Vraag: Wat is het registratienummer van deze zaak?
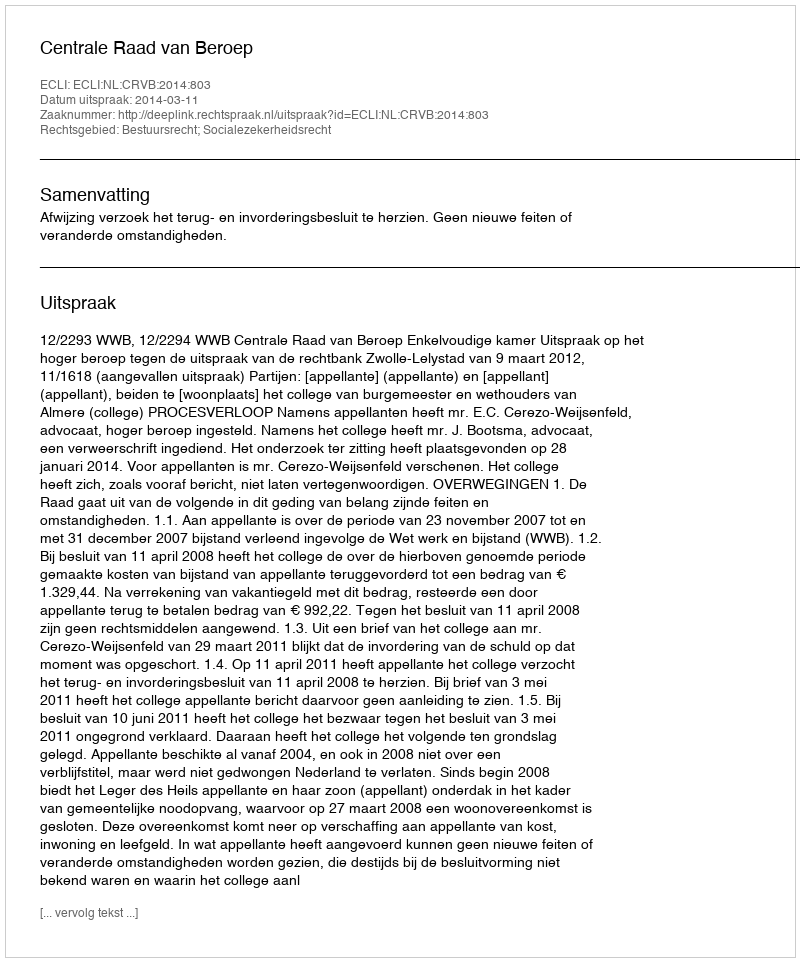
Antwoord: http://deeplink.rechtspraak.nl/uitspraak?id=ECLI:NL:CRVB:2014:803